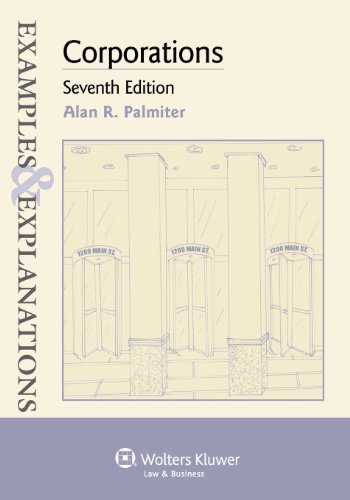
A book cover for Corporations (Examples & Explanations); Alan R. Palmiter; Law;